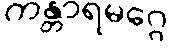
ကန္တာရမဂ္ဂေ